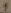
Text: 1